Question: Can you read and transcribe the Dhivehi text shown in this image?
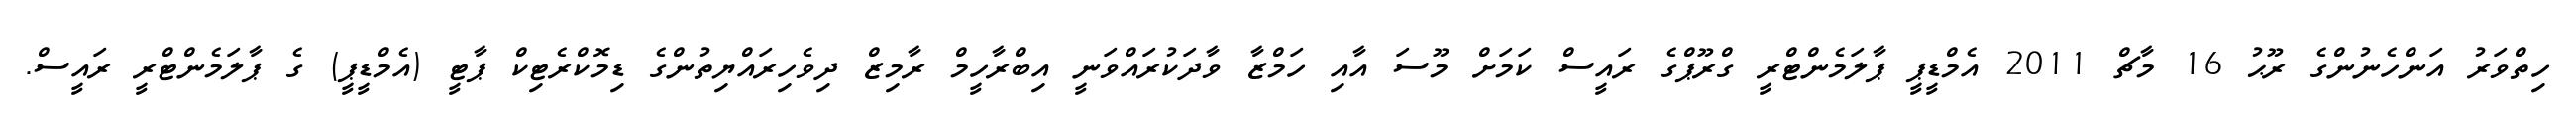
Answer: ހިތްވަރު އަންހެނުންގެ ރޫޙު 16 މާޗް 2011 އެމްޑީޕީ ޕާލަމެންޓްރީ ގްރޫޕްގެ ރައީސް ކަމަށް މޫސަ އާއި ހަމްޒާ ވާދަކުރައްވަނީ އިބްރާހީމް ރާމިޒް ދިވެހިރައްޔިތުންގެ ޑިމޮކްރެޓިކް ޕާޓީ (އެމްޑީޕީ) ގެ ޕާލަމެންޓްރީ ރައީސް.